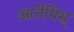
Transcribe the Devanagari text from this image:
आर्तेमिस्‌